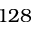
1 2 8